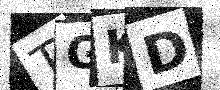
Text: TGKD